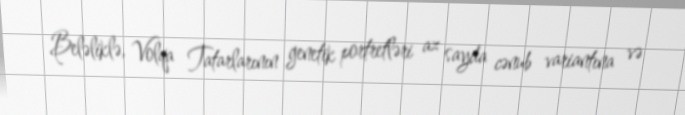
Beləliklə, Volqa Tatarlarının genetik portretləri az sayda cənub variantına və